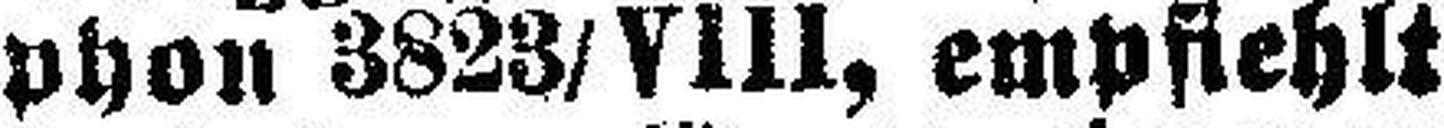
phon 3823/ VIII, empfiehlt